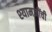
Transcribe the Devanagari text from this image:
श्यामजींची